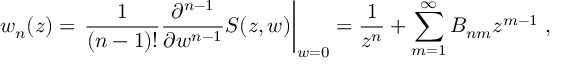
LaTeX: w _ { n } ( z ) = \left. \frac { 1 } { ( n - 1 ) ! } \frac { \partial ^ { n - 1 } } { \partial w ^ { n - 1 } } S ( z , w ) \right| _ { w = 0 } = \frac { 1 } { z ^ { n } } + \sum _ { m = 1 } ^ { \infty } B _ { n m } z ^ { m - 1 } \; ,